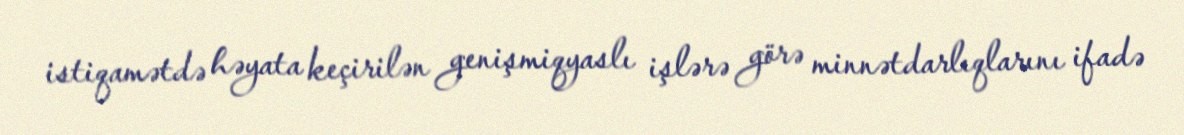
istiqamətdə həyata keçirilən genişmiqyaslı işlərə görə minnətdarlıqlarını ifadə